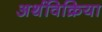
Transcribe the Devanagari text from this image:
अर्थविक्रिया